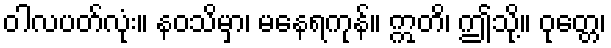
ဝါလပတ်လုံး။ နဝသိမှာ၊ မနေရကုန်။ ဣတိ၊ ဤသို့။ ဝုတ္တေ၊